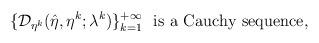
LaTeX: \begin{align*}\{\mathcal{D}_{\eta^{k}}(\hat{\eta},\eta^{k}; \lambda^{k})\}_{k=1}^{+\infty}\ \ \mbox{is\ a\ Cauchy\ sequence},\end{align*}